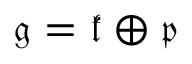
{ \mathfrak { g } } = { \mathfrak { k } } \oplus { \mathfrak { p } }